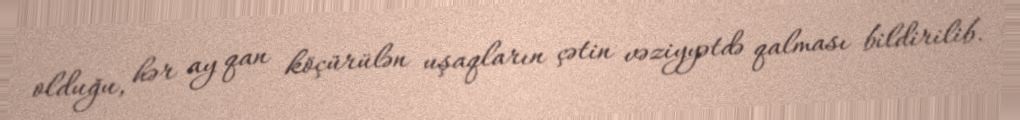
olduğu, hər ay qan köçürülən uşaqların çətin vəziyyətdə qalması bildirilib.